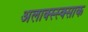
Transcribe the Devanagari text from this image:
अलाक्स्स्क्साक